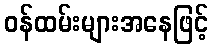
ဝန်ထမ်းများအနေဖြင့်